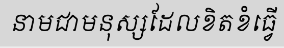
នាមជាមនុស្សដែលខិតខំធ្វើ